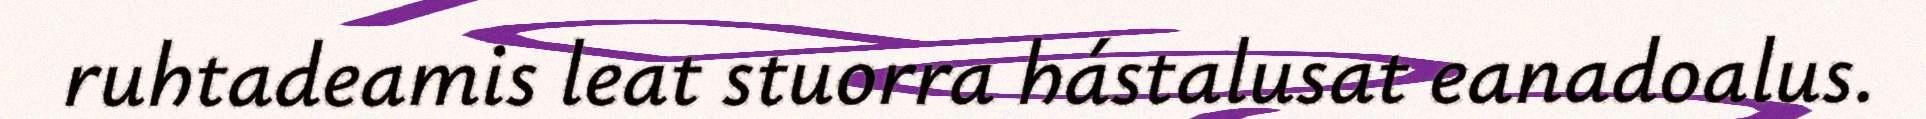
ruhtadeamis leat stuorra hástalusat eanadoalus.